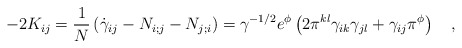
\begin{align*}-2K_{ij}=\frac{1}{N} \left( \dot{\gamma}_{ij}-N_{i;j}-N_{j;i} \right) =\gamma^{-1/2}e^{\phi}\left( 2\pi^{kl}\gamma_{ik}\gamma_{jl}+\gamma_{ij}\pi^{\phi} \right) ~~~,\end{align*}